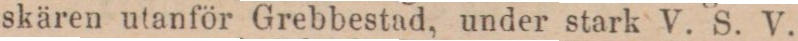
skären utanför Grebbestad, under stark V. S. V.